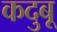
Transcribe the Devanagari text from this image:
कदुबू